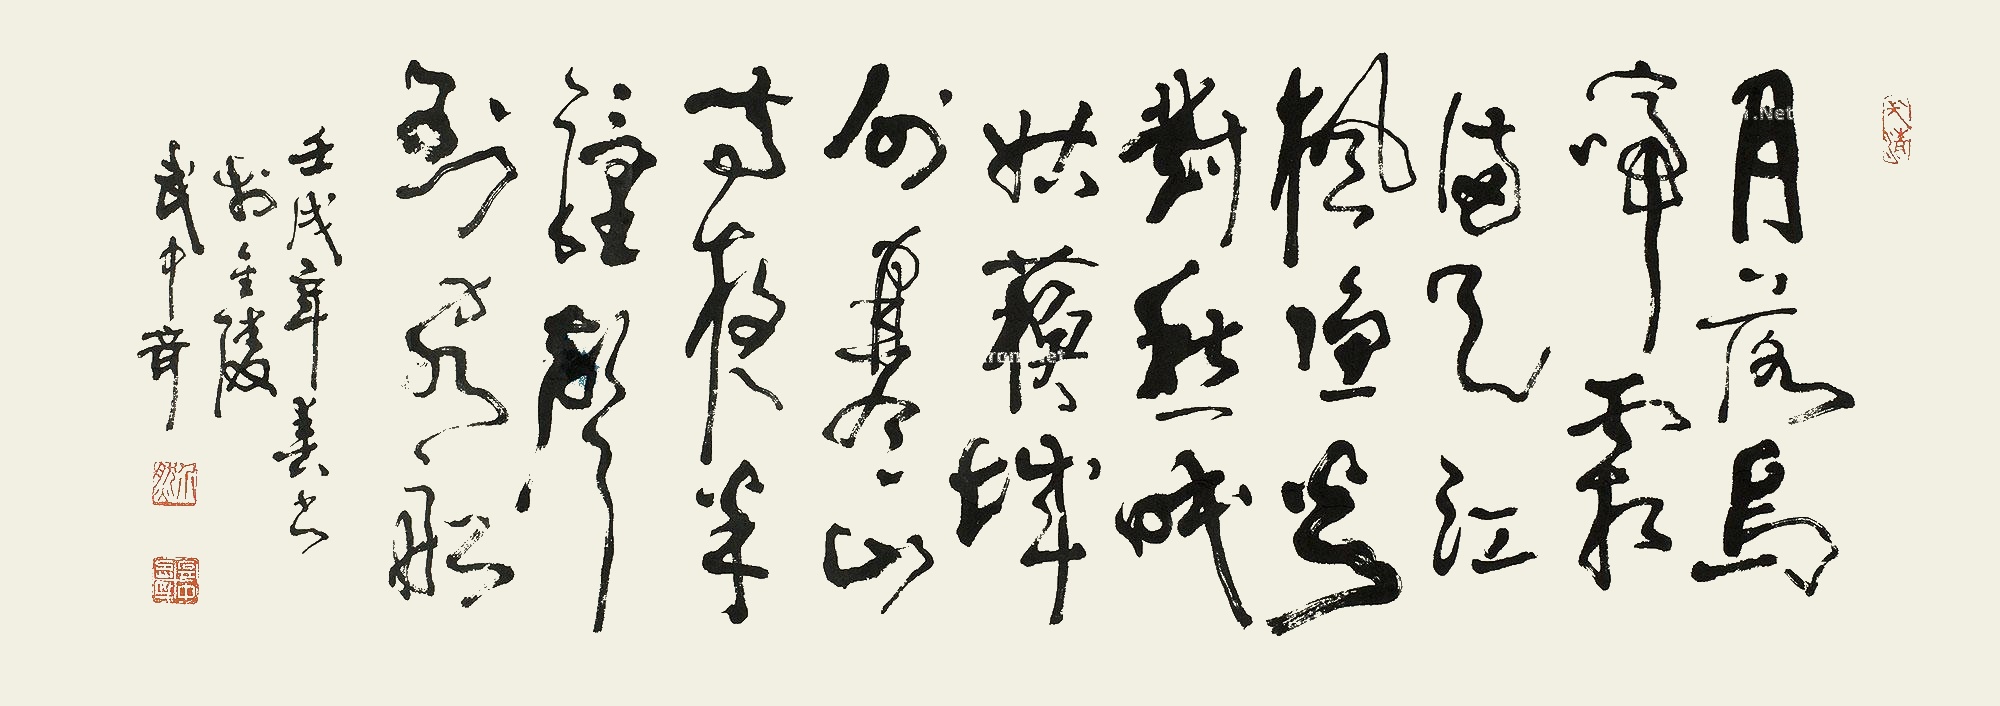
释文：月落乌啼霜满天，江枫渔火对愁眠。姑苏城外寒山寺，夜半钟声到客船。壬戌年春书于金陵。武中奇。